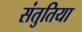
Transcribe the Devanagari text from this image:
संतुतिया